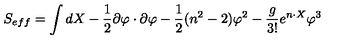
S _ { e f f } = \int d X - \frac { 1 } { 2 } \partial \varphi \cdot \partial \varphi - \frac { 1 } { 2 } ( n ^ { 2 } - 2 ) \varphi ^ { 2 } - \frac { g } { 3 ! } e ^ { n \cdot X } \varphi ^ { 3 }